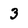
Character: 3